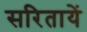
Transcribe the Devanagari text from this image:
सरितायें